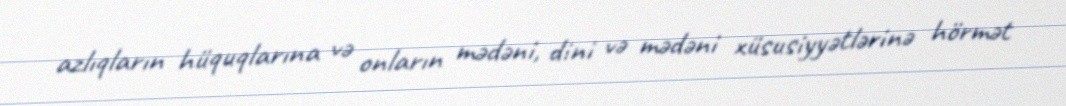
azlıqların hüquqlarına və onların mədəni, dini və mədəni xüsusiyyətlərinə hörmət